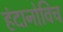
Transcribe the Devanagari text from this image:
हंदानोविच